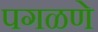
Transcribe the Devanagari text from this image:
पगळणे